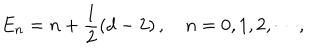
E _ { n } = n + \frac { 1 } { 2 } \left( d - 2 \right) , \quad n = 0 , 1 , 2 , \cdots ,